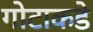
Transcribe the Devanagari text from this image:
गोटाकडे